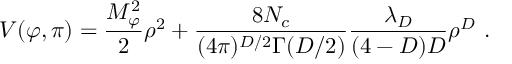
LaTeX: V ( \varphi , \pi ) = \frac { M _ { \varphi } ^ { 2 } } { 2 } \rho ^ { 2 } + \frac { 8 N _ { c } } { ( 4 \pi ) ^ { D / 2 } \Gamma ( D / 2 ) } \frac { \lambda _ { D } } { ( 4 - D ) D } \rho ^ { D } \ .